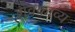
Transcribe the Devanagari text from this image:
शैवकाव्य